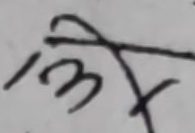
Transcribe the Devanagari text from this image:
३१